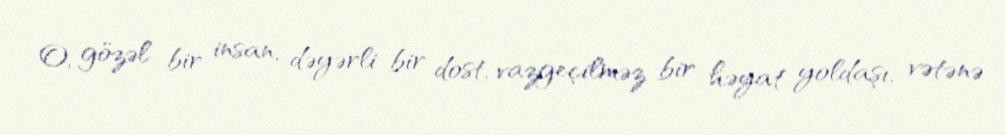
O, gözəl bir insan, dəyərli bir dost, vazgeçilməz bir həyat yoldaşı, vətənə